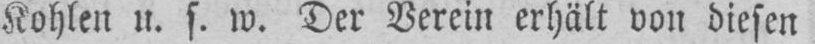
Kohlen u. s. w. Der Verein erhält von diesen